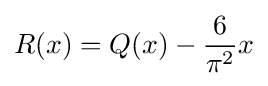
R(x)=Q(x)-{\frac {6}{\pi ^{2}}}x